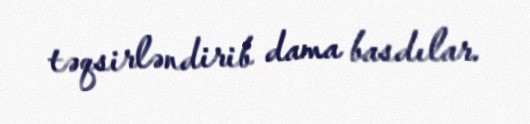
təqsirləndirib dama basdılar.